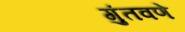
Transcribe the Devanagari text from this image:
गुंतवणे